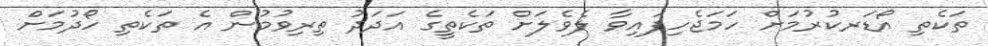
ތަކެތި އޯޑަރކުރުމަށް ހަމަޖެހިފައިވާ ލެވެލަށް ތަކެތީގެ އަދަދު ތިރިވުމުން އެ ތަކެތި ހޯދުމަށް